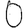
Digit: 0